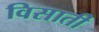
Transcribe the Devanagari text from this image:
विसाती